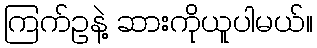
ကြက်ဥနဲ့ ဆားကိုယူပါမယ်။